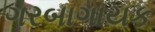
ગરબાગાયક